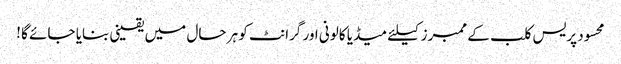
محسود پریس کلب کے ممبرز کیلئے میڈیا کالونی اور گرانٹ کو ہر حال میں یقینی بنایا جائے گا !